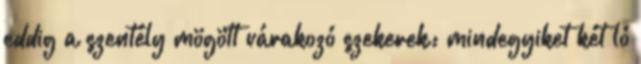
eddig a szentély mögött várakozó szekerek: mindegyiket két ló